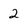
Character: 2